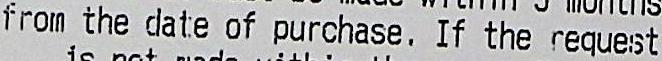
FROM THE DATE OF PURCHASE, IF THE REQUEST